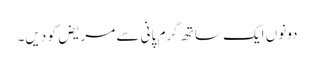
دونوں ایک ساتھ گرم پانی سے مریض کو دیں۔